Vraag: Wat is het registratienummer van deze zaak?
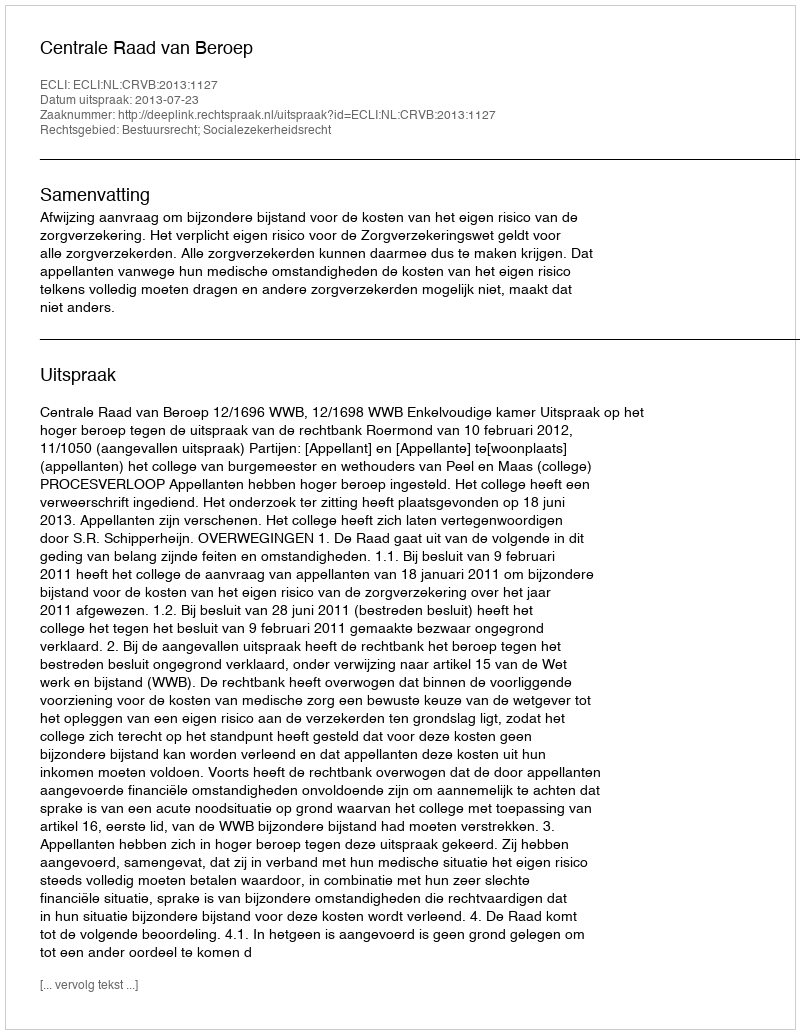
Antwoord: http://deeplink.rechtspraak.nl/uitspraak?id=ECLI:NL:CRVB:2013:1127